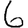
Digit: 6